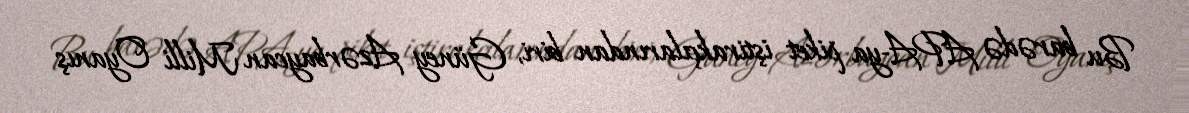
Bu barədə APA-ya piket iştirakçılarından biri, Güney Azərbaycan Milli Oyanış